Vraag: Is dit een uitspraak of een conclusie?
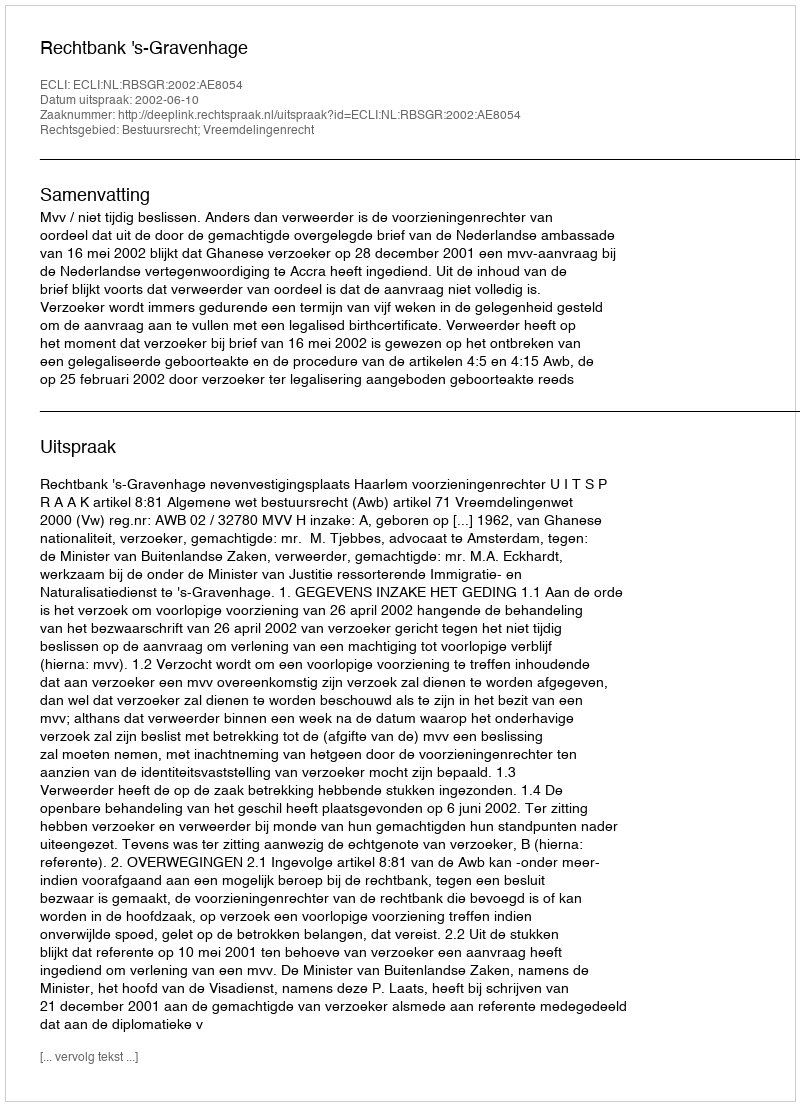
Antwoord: Uitspraak